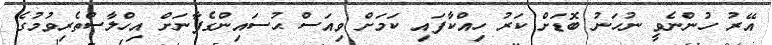
އޭރު ހުންނެވީ ނުހަނު ބޮޑަށް ކަރު ހިއްކާފައި ކަމަށް ވިއަސް ޙުސައިންގެފާނަށް އިހްލާސްތެރިވުމުގެ